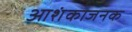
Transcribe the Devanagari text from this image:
आशंकाजनक